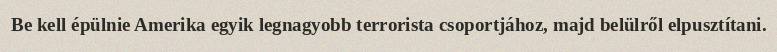
Be kell épülnie Amerika egyik legnagyobb terrorista csoportjához, majd belülről elpusztítani.